Annual administration report of the Civil Veterinary Department of India - 1893-1894
Year: 1893
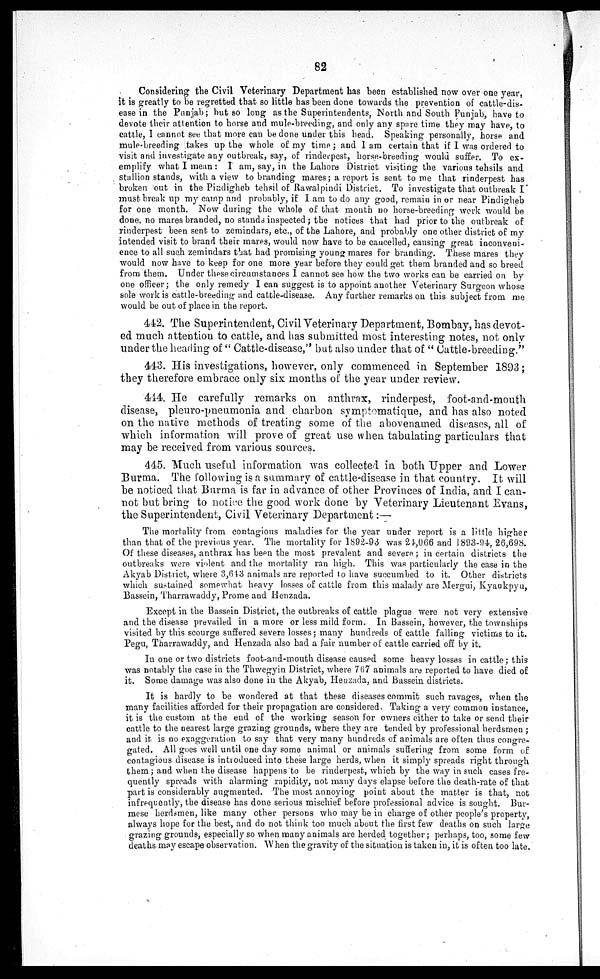
82
Considering the Civil Veterinary Department has been established now over one year,
it is greatly to be regretted that so little has been done towards the prevention of cattle-dis-
ease in the Punjab; but so long as the Superintendents, North and South Punjab, have to
devote their attention to horse and mule-breeding, and only any spare time they may have, to
cattle, I cannot see that more can be done under this head. Speaking personally, horse and
mule-breeding takes up the whole of my time; and I am certain that if I was ordered to
visit and investigate any outbreak, say, of rinderpest, horse-breeding would suffer. To ex-
emplify what I mean: I am, say, in the Lahore District visiting the various tehsils and
stallion stands, with a view to branding mares; a report is sent to me that rinderpest has
broken out in the Pindigheb tehsil of Rawalpindi District. To investigate that outbreak I
must break up my camp and probably, if I am to do any good, remain in or near Pindigheb
for one month. Now during the whole of that month no horse-breeding work would be
done, no mares branded, no stands inspected; the notices that had prior to the outbreak of
rinderpest been sent to zemindars, etc., of the Lahore, and probably one other district of my
intended visit to brand their mares, would now have to be cancelled, causing great inconveni-
ence to all such zemindars that had promising young mares for branding. These mares they
would now have to keep for one more year before they could get them branded and so breed
from them. Under these circumstances I cannot see how the two works can be carried on by
one officer; the only remedy I can suggest is to appoint another Veterinary Surgeon whose
sole work is cattle-breeding and cattle-disease. Any further remarks on this subject from me
would be out of place in the report.
442. The Superintendent, Civil Veterinary Department, Bombay, has devot-
ed much attention to cattle, and has submitted most interesting notes, not only
under the beading of "Cattle-disease," but also under that of "Cattle-breeding."
443. His investigations, however, only commenced in September 1893;
they therefore embrace only six months of the year under review.
444. He carefully remarks on anthrax, rinderpest, foot-and-mouth
disease, pleuro-pneumonia and charbon symptomatique, and has also noted
on the native methods of treating some of the abovenamed diseases, all of
which information will prove of great use when tabulating particulars that
may be received from various sources.
445. Much useful information was collected in both Upper and Lower
Burma. The following is a summary of cattle-disease in that country. It will
be noticed that Burma is far in advance of other Provinces of India, and I can-
not but bring to notice the good work done by Veterinary Lieutenant Evans,
the Superintendent, Civil Veterinary Department:—
The mortality from contagious maladies for the year under report is a little higher
than that of the previous year. The mortality for 1892-93 was 24,066 and 1893-94, 26,698.
Of these diseases, anthrax has been the most prevalent and severe; in certain districts the
outbreaks were violent and the mortality ran high. This was particularly the case in the
Akyab District, where 3,643 animals are reported to have succumbed to it. Other districts
which sustained somewhat heavy losses of cattle from this malady are Mergui, Kyaukpyu,
Bassein, Tharrawaddy, Prome and Henzada.
Except in the Bassein District, the outbreaks of cattle plague were not very extensive
and the disease prevailed in a more or less mild form. In Bassein, however, the townships
visited by this scourge suffered severe losses; many hundreds of cattle falling victims to it.
Pegu, Tharrawaddy, and Henzada also had a fair number of cattle carried off by it.
In one or two districts foot-and-mouth disease caused some heavy losses in cattle; this
was notably the case in the Thwegyin District, where 767 animals are reported to have died of
it. Some damage was also done in the Akyab, Henzada, and Bassein districts.
It is hardly to be wondered at that these diseases commit such ravages, when the
many facilities afforded for their propagation are considered. Taking a very common instance,
it is the custom at the end of the working season for owners either to take or send their
cattle to the nearest large grazing grounds, where they are tended by professional herdsmen ;
and it is no exaggeration to say that very many hundreds of animals are often thus congre-
gated. All goes well until one day some animal or animals suffering from some form of
contagious disease is introduced into these large herds, when it simply spreads right through
them; and when the disease happens to be rinderpest, which by the way in such cases fre-
quently spreads with alarming rapidity, not many days elapse before the death-rate of that
part is considerably augmented. The most annoying point about the matter is that, not
infrequently, the disease has done serious mischief before professional advice is sought. Bur-
mese herdsmen, like many other persons who may be in charge of other people's property,
always hope for the best, and do not think too much about the first few deaths on such large
grazing grounds, especially so when many animals are herded together; perhaps, too, some few
deaths may escape observation. When the gravity of the situation is taken in, it is often too late.